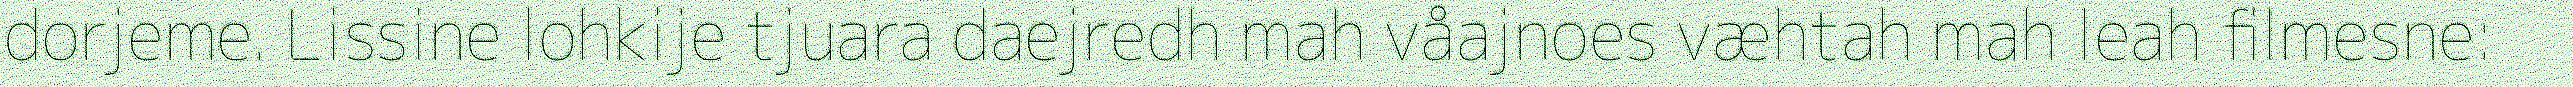
dorjeme. Lissine lohkije tjuara daejredh mah våajnoes væhtah mah leah filmesne: